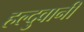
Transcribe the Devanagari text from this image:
हल्दुवानी